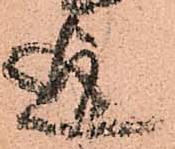
迄